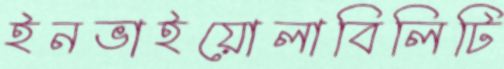
ইনভাইয়োলাবিলিটি